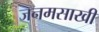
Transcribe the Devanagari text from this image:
जनमसाखी